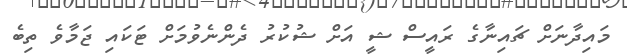
މައިދާނަށް ޗައިނާގެ ރައީސް ޝީ އަށް ޝުކުރު ދެންނެވުމަށް ޓަކައި ޖަމާވެ ތިބެ